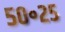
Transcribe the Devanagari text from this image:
५०॰२५